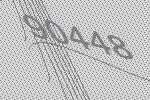
90448